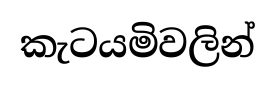
කැටයමිවලින්